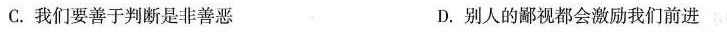
C.我们要善于判断是非善恶 D.别人的鄙视都会激励我们前进